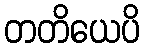
တတိယေပိ